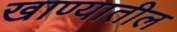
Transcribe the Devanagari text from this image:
खाण्यातील